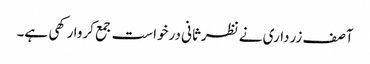
آصف زرداری نے نظرثانی درخواست جمع کروا رکھی ہے۔